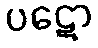
ပဋော